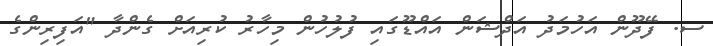
ސ. ފޭދޫން އަހުމަދު އަދްޝަން އައްޑޫގައި ފުލުހުން މިހާރު ކުރިއަށް ގެންދާ "އަފިރިންގެ